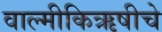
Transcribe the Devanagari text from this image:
वाल्मीकिऋषीचे